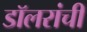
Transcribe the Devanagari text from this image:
डॉलरांची